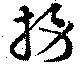
撈